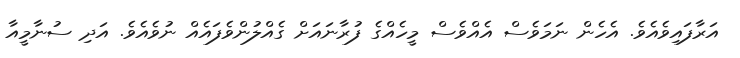
އަރާފައިވެއެވެ. އެހެން ނަމަވެސް އެއްވެސް މީހެއްގެ ފުރާނައަށް ގެއްލުންވެފައެއް ނުވެއެވެ. އަދި ސުނާމީއާ